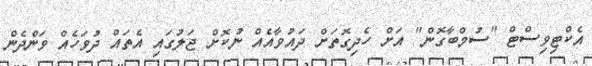
އެކްޓިވިސްޓް "ސުމްބާގޮން" އަށް ހެދިގޮތަށް ދައުވާއެއް ނުކޮށް ޖަލުގައި އެތައް ދުވަހެއް ވަންދެން